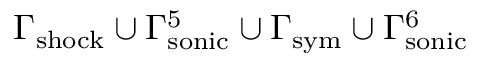
\Gamma _ { \mathrm { s h o c k } } \cup \Gamma _ { \mathrm { s o n i c } } ^ { 5 } \cup \Gamma _ { \mathrm { s y m } } \cup \Gamma _ { \mathrm { s o n i c } } ^ { 6 }